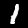
Label: 1